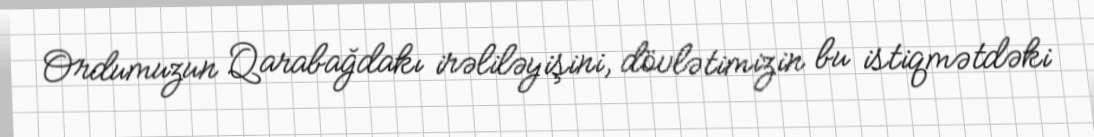
Ordumuzun Qarabağdakı irəliləyişini, dövlətimizin bu istiqmətdəki